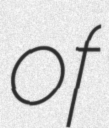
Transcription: of